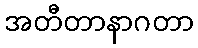
အတီတာနာဂတာ